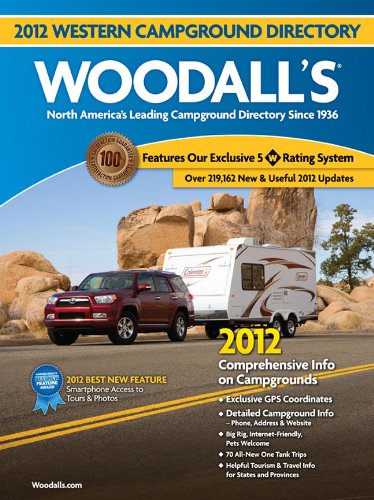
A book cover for Woodall's Western America Campground Directory, 2012 (Woodall's Campground Directory: Western Ed.); Woodall's Publications Corp.; Travel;